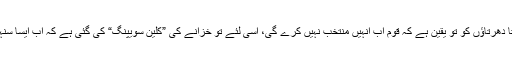
....گزشتہ حکومت کے کرتا دھرتاﺅں کو تو یقین ہے کہ قوم اب انہیں منتخب نہیں کرے گی، اسی لئے تو خزانے کی ”کلین سویپنگ“ کی گئی ہے کہ اب ایسا سنہری موقع پھر نہیں ملے گا۔